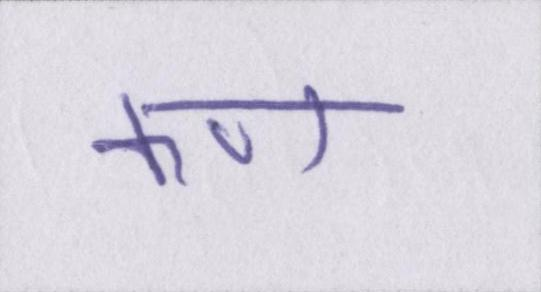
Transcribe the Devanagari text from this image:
कण